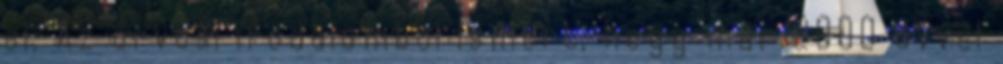
el. Az orvosi irodalomból ismert, hogy már 2000 évvel